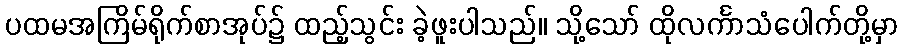
ပထမအကြိမ်ရိုက်စာအုပ်၌ ထည့်သွင်း ခဲ့ဖူးပါသည်။ သို့သော် ထိုလင်္ကာသံပေါက်တို့မှာ